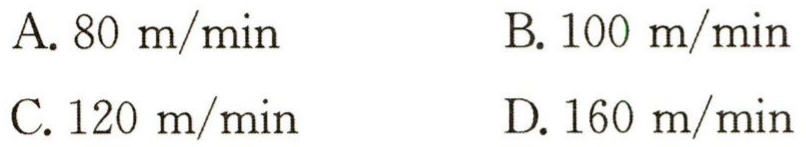
A. \(80\ m/\min\)
B. \(100\ m/\min\)
C. \(120\ m/\min\)
D. \(160\ m/\min\)